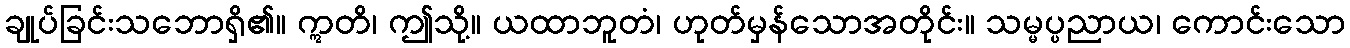
ချုပ်ခြင်းသဘောရှိ၏။ ဣတိ၊ ဤသို့။ ယထာဘူတံ၊ ဟုတ်မှန်သောအတိုင်း။ သမ္မပ္ပညာယ၊ ကောင်းသော